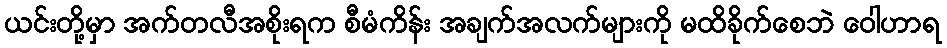
ယင်းတို့မှာ အက်တလီအစိုးရက စီမံကိန်း အချက်အလက်များကို မထိခိုက်စေဘဲ ဝေါဟာရ